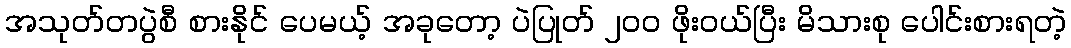
အသုတ်တပွဲစီ စားနိုင် ပေမယ့် အခုတော့ ပဲပြုတ် ၂၀၀ ဖိုးဝယ်ပြီး မိသားစု ပေါင်းစားရတဲ့